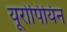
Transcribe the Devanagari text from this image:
यूरोपियिन